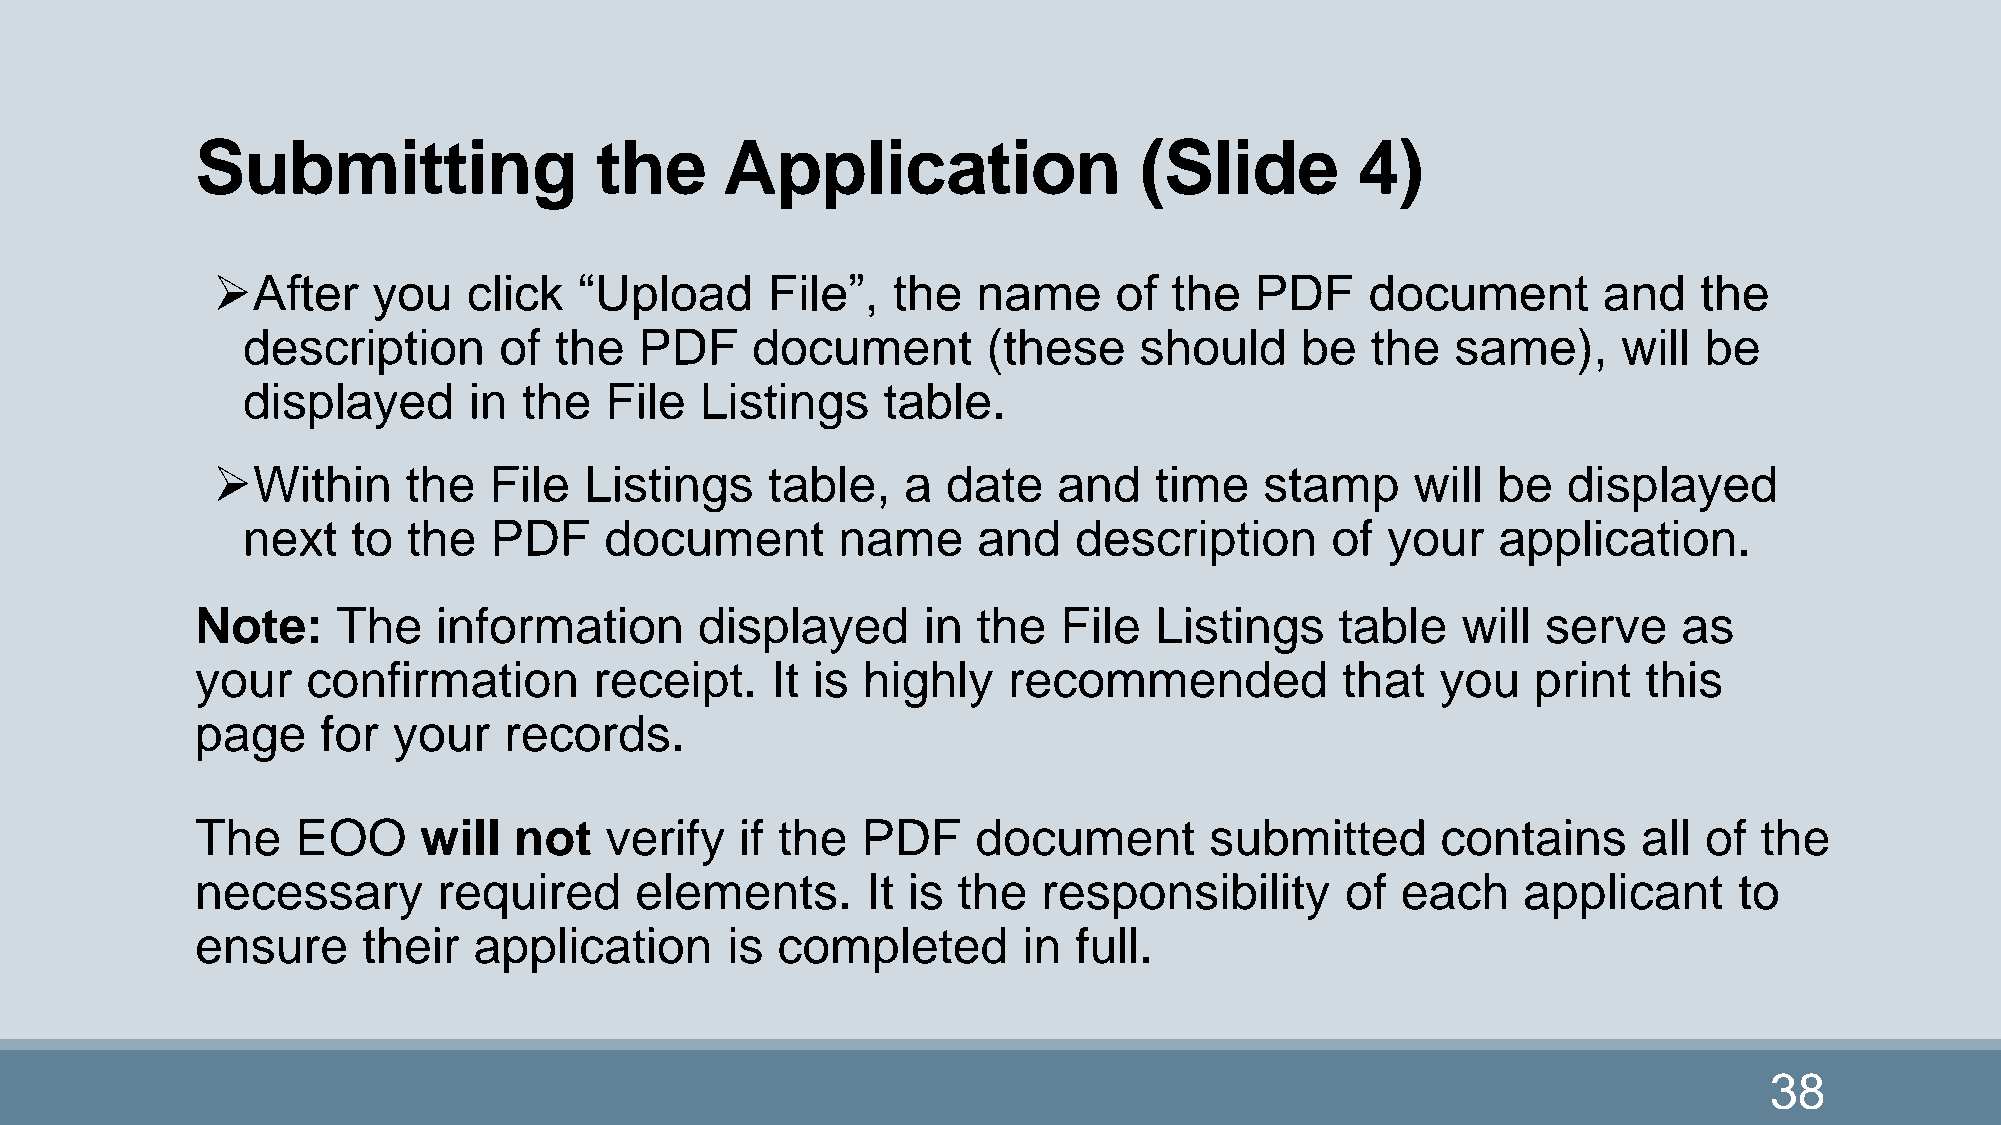
Submitting                the      Application                (Slide         4)
 After     you   click  “Upload      File”,  the   name     of  the  PDF     document       and    the
 description      of  the  PDF     document       (these    should     be   the  same),     will  be
 displayed      in  the  File  Listings    table.
 Within      the  File   Listings    table,   a  date   and   time    stamp     will be   displayed
 next   to  the  PDF     document       name      and   description      of  your   application.
 Note:    The    information      displayed      in  the  File  Listings     table   will serve    as
 your   confirmation       receipt.    It is highly    recommended           that  you    print  this
 page    for  your   records.
 The    EOO     will  not   verify   if the  PDF     document       submitted      contains      all of  the
 necessary       required     elements.      It is the   responsibility      of  each    applicant     to
 ensure     their  application      is completed        in full.
 38